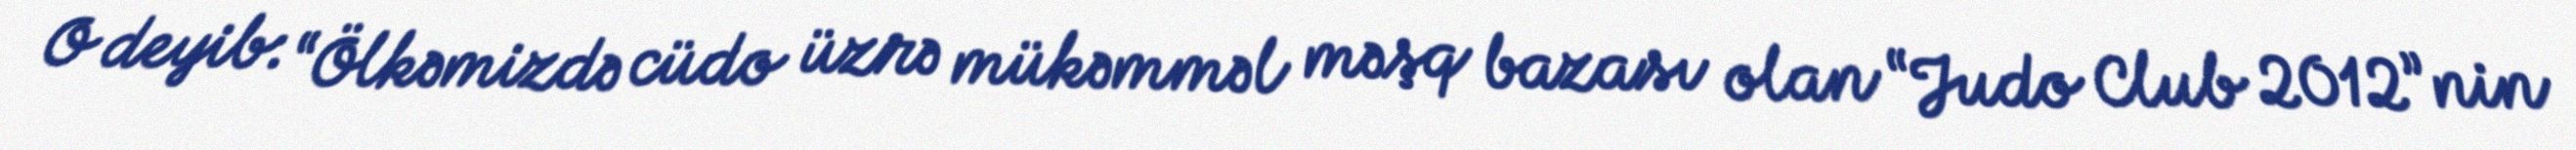
O deyib: “Ölkəmizdə cüdo üzrə mükəmməl məşq bazası olan “Judo Club 2012”nin